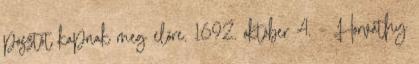
posztót kapnak meg előre. 1692. október 4. – Horváthy